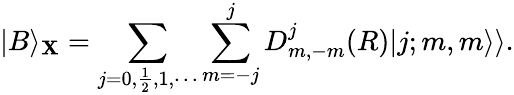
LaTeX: |B\rangle_{\mathbf{X}}=\sum_{j=0,\frac{{1}}{{2}},1,\cdots}\sum_{m=-j}^{j}D_{m,-m}^{j}(R)|j;m,m\rangle\rangle.